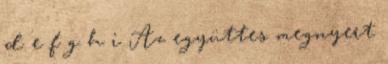
d e f g h i Az együttes megnyert